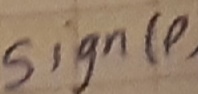
Text: Sign(p)